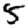
Digit: 5